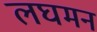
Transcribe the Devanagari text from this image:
लघमन